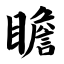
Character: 瞻